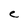
Character: e